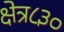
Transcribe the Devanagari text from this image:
क्षेत्र८३०